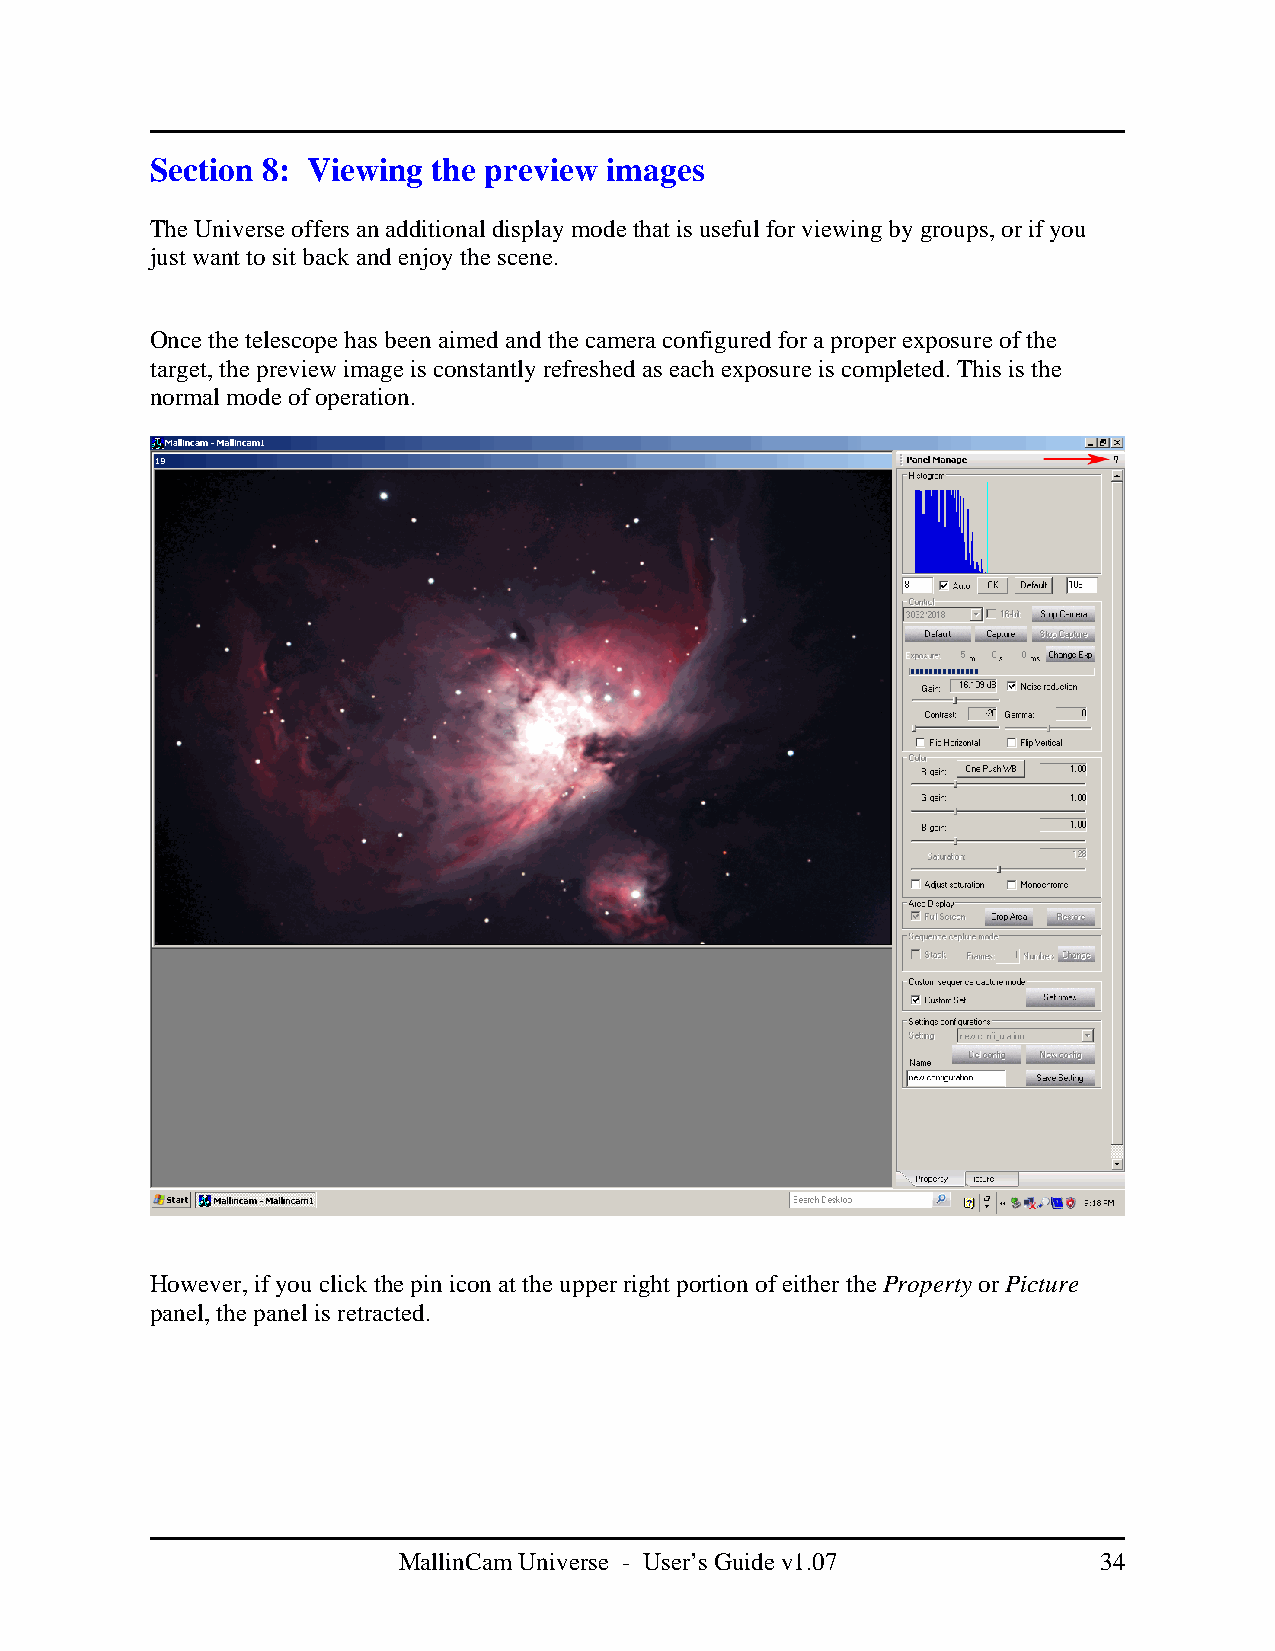
Section 8: Viewing the preview images
 The Universe offers an additional display mode that is useful for viewing by groups, or if you
 just want to sit back and enjoy the scene.
 Once the telescope has been aimed and the camera configured for a proper exposure of the
 target, the preview image is constantly refreshed as each exposure is completed. This is the
 normal mode of operation.
 However, if you click the pin icon at the upper right portion of either the Property or Picture
 panel, the panel is retracted.
 MallinCam Universe - User’s Guide v1.07        34